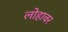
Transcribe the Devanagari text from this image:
लोहावर